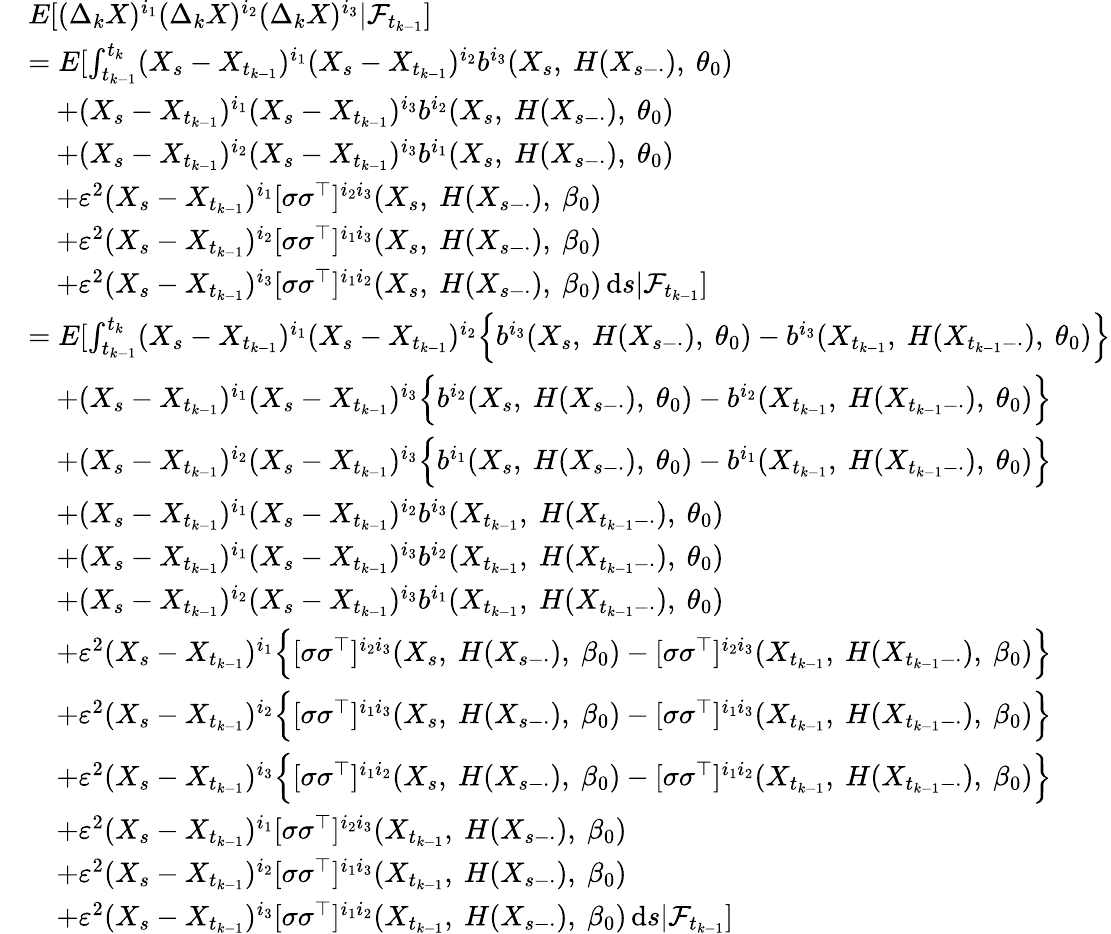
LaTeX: \begin{array}{rl}&{E[(\Delta_{k}X)^{i_{1}}(\Delta_{k}X)^{i_{2}}(\Delta_{k}X)^{i_{3}}|\mathcal{F}_{t_{k-1}}]}\\ &{=E[\int_{t_{k-1}}^{t_{k}}(X_{s}-X_{t_{k-1}})^{i_{1}}(X_{s}-X_{t_{k-1}})^{i_{2}}b^{i_{3}}(X_{s},~H(X_{s-\cdot}),~\theta_{0})}\\ &{\quad+(X_{s}-X_{t_{k-1}})^{i_{1}}(X_{s}-X_{t_{k-1}})^{i_{3}}b^{i_{2}}(X_{s},~H(X_{s-\cdot}),~\theta_{0})}\\ &{\quad+(X_{s}-X_{t_{k-1}})^{i_{2}}(X_{s}-X_{t_{k-1}})^{i_{3}}b^{i_{1}}(X_{s},~H(X_{s-\cdot}),~\theta_{0})}\\ &{\quad+\varepsilon^{2}(X_{s}-X_{t_{k-1}})^{i_{1}}[\sigma\sigma^{\top}]^{i_{2}i_{3}}(X_{s},~H(X_{s-\cdot}),~\beta_{0})}\\ &{\quad+\varepsilon^{2}(X_{s}-X_{t_{k-1}})^{i_{2}}[\sigma\sigma^{\top}]^{i_{1}i_{3}}(X_{s},~H(X_{s-\cdot}),~\beta_{0})}\\ &{\quad+\varepsilon^{2}(X_{s}-X_{t_{k-1}})^{i_{3}}[\sigma\sigma^{\top}]^{i_{1}i_{2}}(X_{s},~H(X_{s-\cdot}),~\beta_{0})\, \mathrm{d}s|\mathcal{F}_{t_{k-1}}]}\\ &{=E[\int_{t_{k-1}}^{t_{k}}(X_{s}-X_{t_{k-1}})^{i_{1}}(X_{s}-X_{t_{k-1}})^{i_{2}}\Big\{ b^{i_{3}}(X_{s},~H(X_{s-\cdot}),~\theta_{0})-b^{i_{3}}(X_{t_{k-1}},~H(X_{t_{k-1}-\cdot}),~\theta_{0})\Big\} }\\ &{\quad+(X_{s}-X_{t_{k-1}})^{i_{1}}(X_{s}-X_{t_{k-1}})^{i_{3}}\Big\{ b^{i_{2}}(X_{s},~H(X_{s-\cdot}),~\theta_{0})-b^{i_{2}}(X_{t_{k-1}},~H(X_{t_{k-1}-\cdot}),~\theta_{0})\Big\} }\\ &{\quad+(X_{s}-X_{t_{k-1}})^{i_{2}}(X_{s}-X_{t_{k-1}})^{i_{3}}\Big\{ b^{i_{1}}(X_{s},~H(X_{s-\cdot}),~\theta_{0})-b^{i_{1}}(X_{t_{k-1}},~H(X_{t_{k-1}-\cdot}),~\theta_{0})\Big\} }\\ &{\quad+(X_{s}-X_{t_{k-1}})^{i_{1}}(X_{s}-X_{t_{k-1}})^{i_{2}}b^{i_{3}}(X_{t_{k-1}},~H(X_{t_{k-1}-\cdot}),~\theta_{0})}\\ &{\quad+(X_{s}-X_{t_{k-1}})^{i_{1}}(X_{s}-X_{t_{k-1}})^{i_{3}}b^{i_{2}}(X_{t_{k-1}},~H(X_{t_{k-1}-\cdot}),~\theta_{0})}\\ &{\quad+(X_{s}-X_{t_{k-1}})^{i_{2}}(X_{s}-X_{t_{k-1}})^{i_{3}}b^{i_{1}}(X_{t_{k-1}},~H(X_{t_{k-1}-\cdot}),~\theta_{0})}\\ &{\quad+\varepsilon^{2}(X_{s}-X_{t_{k-1}})^{i_{1}}\Big\{ [\sigma\sigma^{\top}]^{i_{2}i_{3}}(X_{s},~H(X_{s-\cdot}),~\beta_{0})-[\sigma\sigma^{\top}]^{i_{2}i_{3}}(X_{t_{k-1}},~H(X_{t_{k-1}-\cdot}),~\beta_{0})\Big\} }\\ &{\quad+\varepsilon^{2}(X_{s}-X_{t_{k-1}})^{i_{2}}\Big\{ [\sigma\sigma^{\top}]^{i_{1}i_{3}}(X_{s},~H(X_{s-\cdot}),~\beta_{0})-[\sigma\sigma^{\top}]^{i_{1}i_{3}}(X_{t_{k-1}},~H(X_{t_{k-1}-\cdot}),~\beta_{0})\Big\} }\\ &{\quad+\varepsilon^{2}(X_{s}-X_{t_{k-1}})^{i_{3}}\Big\{ [\sigma\sigma^{\top}]^{i_{1}i_{2}}(X_{s},~H(X_{s-\cdot}),~\beta_{0})-[\sigma\sigma^{\top}]^{i_{1}i_{2}}(X_{t_{k-1}},~H(X_{t_{k-1}-\cdot}),~\beta_{0})\Big\} }\\ &{\quad+\varepsilon^{2}(X_{s}-X_{t_{k-1}})^{i_{1}}[\sigma\sigma^{\top}]^{i_{2}i_{3}}(X_{t_{k-1}},~H(X_{s-\cdot}),~\beta_{0})}\\ &{\quad+\varepsilon^{2}(X_{s}-X_{t_{k-1}})^{i_{2}}[\sigma\sigma^{\top}]^{i_{1}i_{3}}(X_{t_{k-1}},~H(X_{s-\cdot}),~\beta_{0})}\\ &{\quad+\varepsilon^{2}(X_{s}-X_{t_{k-1}})^{i_{3}}[\sigma\sigma^{\top}]^{i_{1}i_{2}}(X_{t_{k-1}},~H(X_{s-\cdot}),~\beta_{0})\, \mathrm{d}s|\mathcal{F}_{t_{k-1}}]}\end{array}